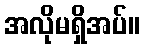
အလိုမရှိအပ်။